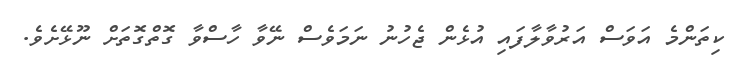
ކިތަންމެ އަވަސް އަރުވާލާފައި އުޅެން ޖެހުނު ނަމަވެސް ނޭވާ ހާސްވާ ގޮތްގޮތަށް ނޫޅޭށެވެ.